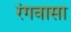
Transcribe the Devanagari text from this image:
रंगवासा